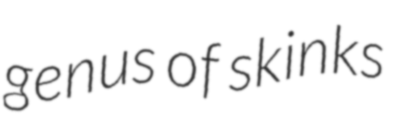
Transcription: genus of skinks